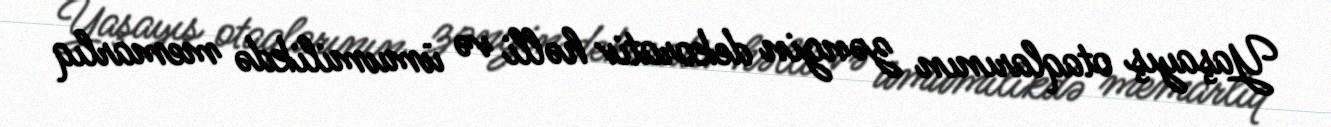
Yaşayış otaqlarının zəngin dekorativ həlli və ümumilikdə memarlıq